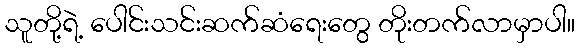
သူတို့ရဲ့ ပေါင်းသင်းဆက်ဆံရေးတွေ တိုးတက်လာမှာပါ။